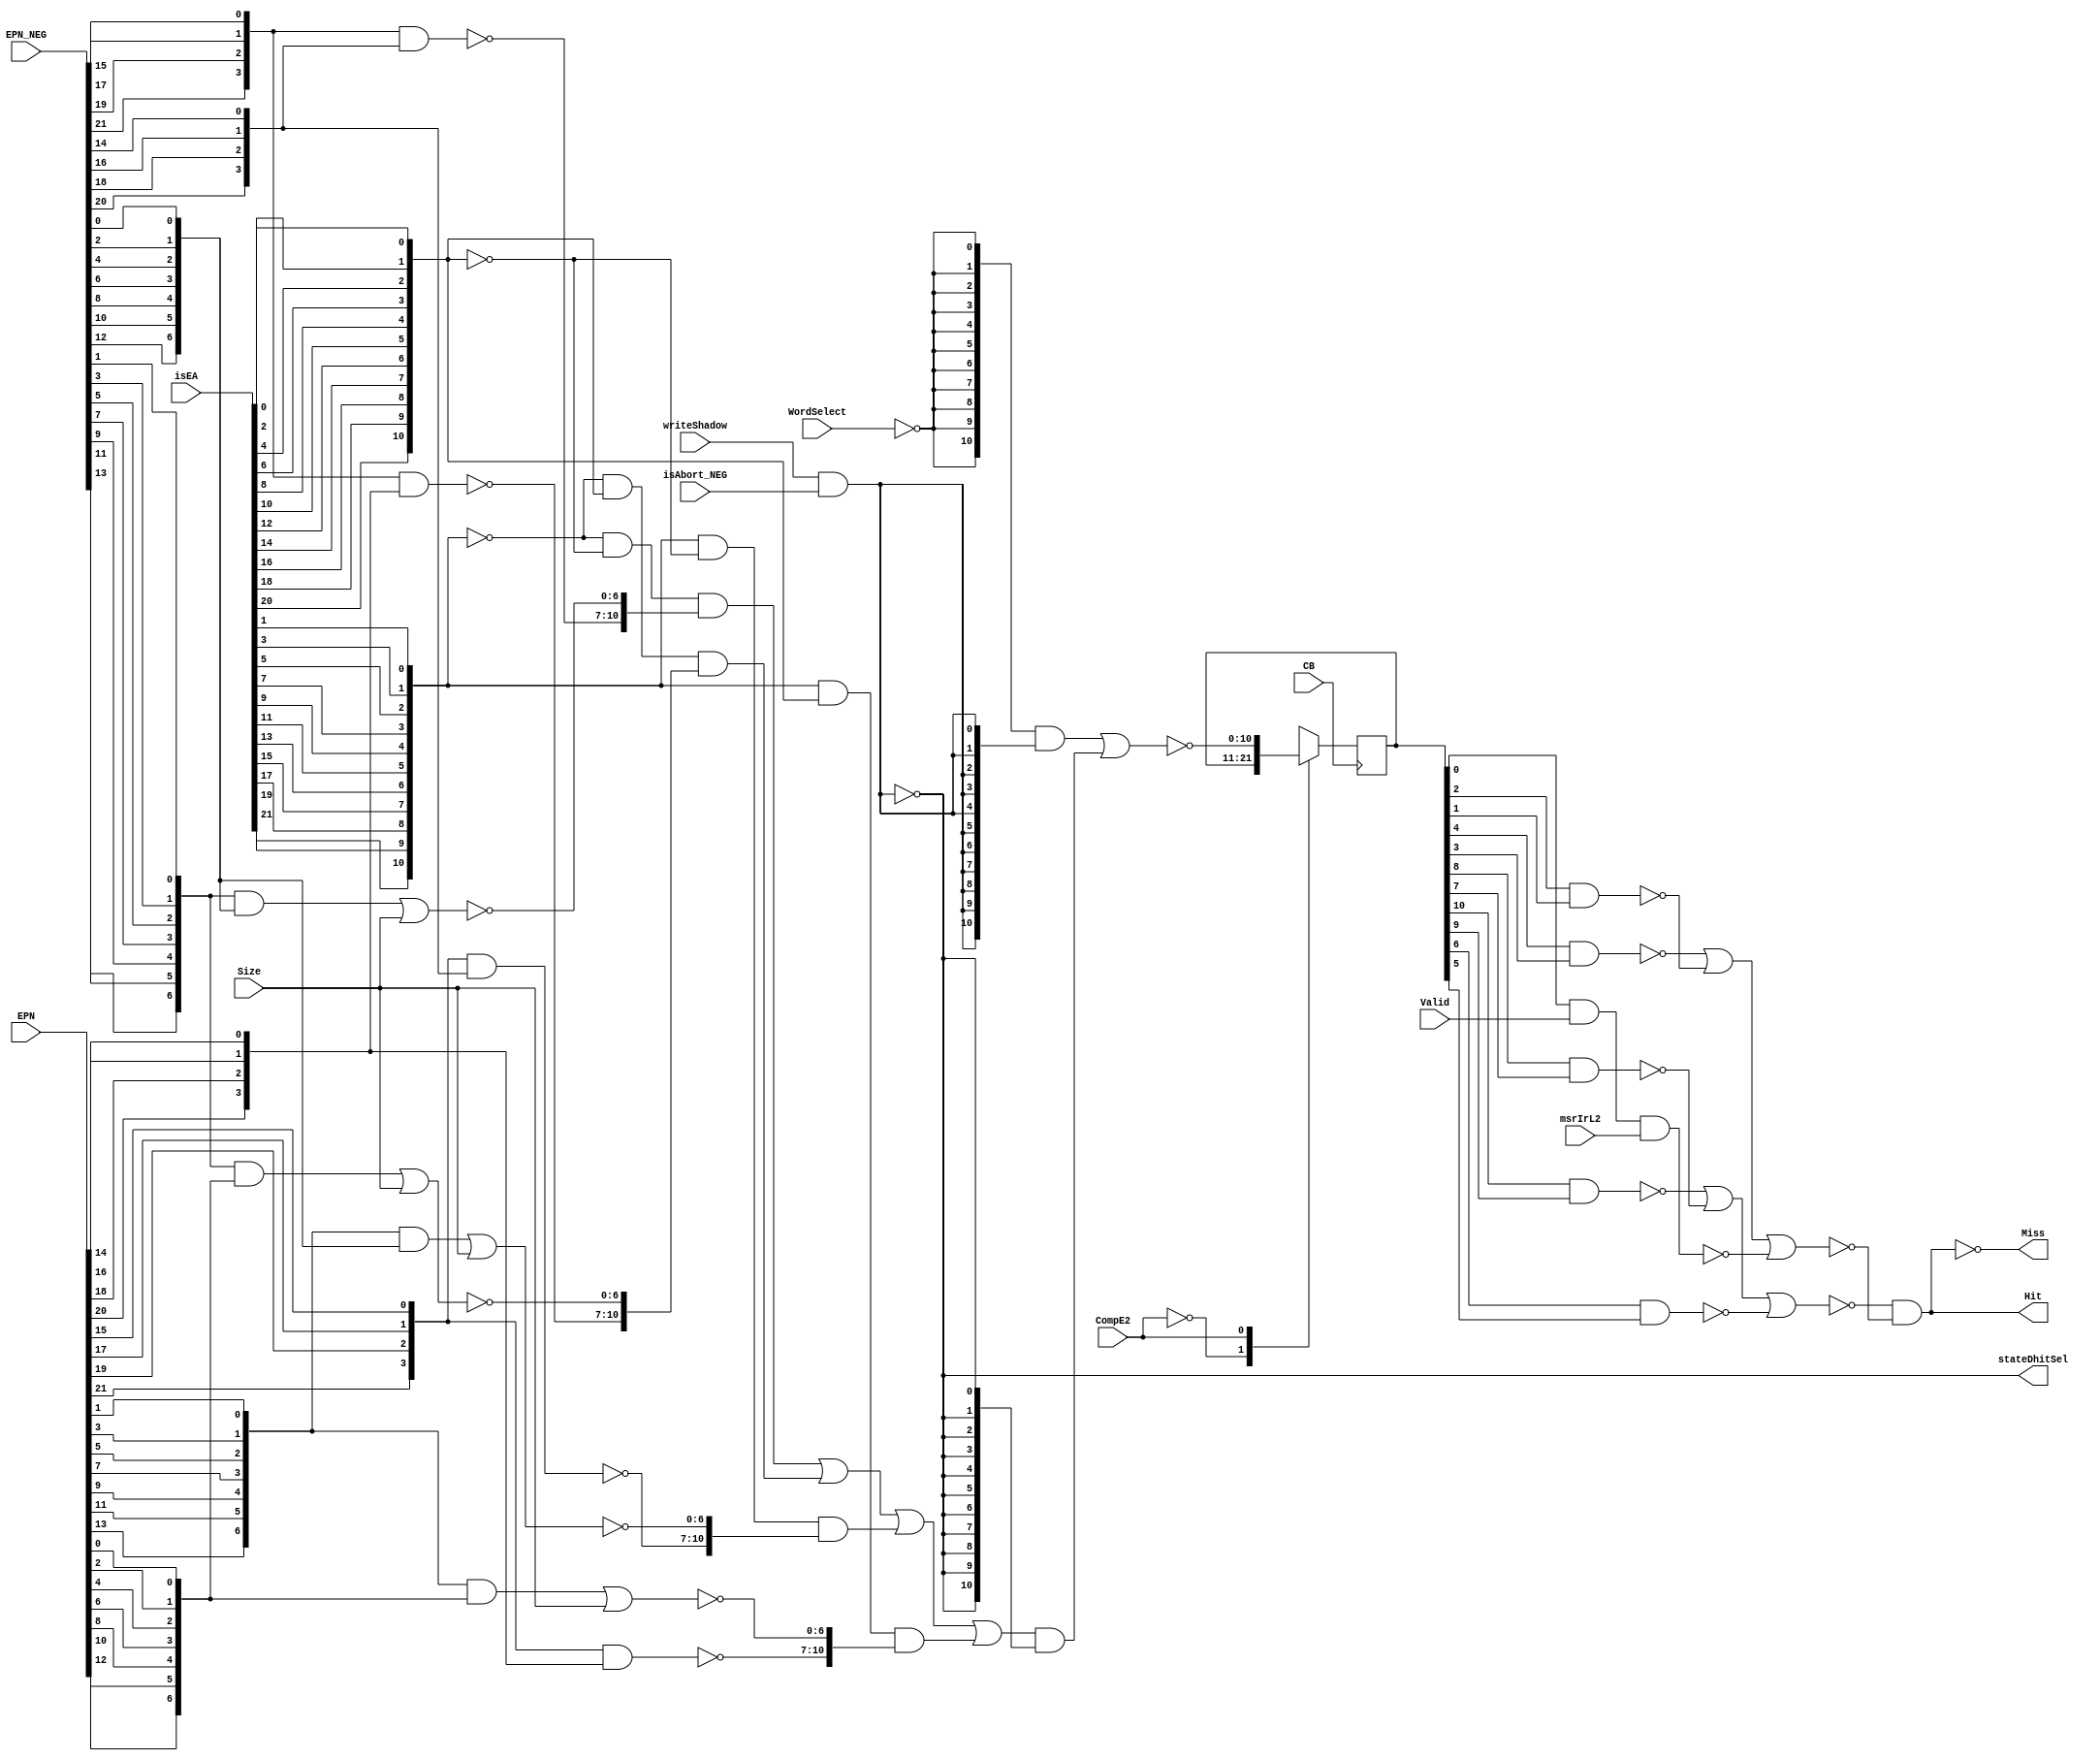
// Library - PR_mmu, Cell - isComp1_3, // View - schematic, Version - 0.13 

module p405s_itlb_isComp1_3( Hit,
                  Miss,
                  stateDhitSel,
                  CB,
                  CompE2,
                  EPN,
                  EPN_NEG,
                  Size,
                  Valid,
                  WordSelect,
                  isAbort_NEG,
                  isEA,
                  msrIrL2,
                  writeShadow
                  );

output  Hit;
output  Miss;
output  stateDhitSel;

input  CompE2;
input  Valid;
input  WordSelect;
input  isAbort_NEG;
input  msrIrL2;
input  writeShadow;

input [0:6]   Size;
input [0:21]  EPN;
input [0:21]  EPN_NEG;
input [0:21]  isEA;
input         CB;

// Buses in the design

wire  [0:10]  comp1_11_NEG;
wire  [0:10]  comp1_11;
reg   [0:10]  isComp0_11_DataIn;  
reg   [0:10]  isComp0_11_reg;  

wire  mux1D0;
wire  mux2D0;
wire  mux3D0;
wire  mux4D0;
wire  mux5D0;
wire  mux6D0;
wire  mux7D0;
wire  mux8D0;
wire  mux9D0;
wire  mux10D0;
wire  mux11D0;

wire  mux1D1;
wire  mux2D1;
wire  mux3D1;
wire  mux4D1;
wire  mux5D1;
wire  mux6D1;
wire  mux7D1;
wire  mux8D1;
wire  mux9D1;
wire  mux10D1;
wire  mux11D1;

wire  mux1D2;
wire  mux2D2;
wire  mux3D2;
wire  mux4D2;
wire  mux5D2;
wire  mux6D2;
wire  mux7D2;
wire  mux8D2;
wire  mux9D2;
wire  mux10D2;
wire  mux11D2;

wire  mux1D3;
wire  mux2D3;
wire  mux3D3;
wire  mux4D3;
wire  mux5D3;
wire  mux6D3;
wire  mux7D3;
wire  mux8D3;
wire  mux9D3;
wire  mux10D3;
wire  mux11D3;

wire  Miss_i;
wire  stateDhitSel_i;

  assign Miss = Miss_i;
  assign stateDhitSel = stateDhitSel_i;

   // Replacing instantiation: GTECH_NOT I37
   assign Hit = ~(Miss_i);

   // Replacing instantiation: GTECH_NOT I35
   wire WordSelect_NEG;
   assign WordSelect_NEG = ~(WordSelect);

  // Removed the module "dp_logMMU_StdeDhitsel"
  assign stateDhitSel_i = ~( writeShadow & isAbort_NEG );

  // Removed the module "dp_muxMMU_StateDhit"
  assign comp1_11[0:10] = ~(({11{WordSelect_NEG}} & {11{~(stateDhitSel_i)}}) |
                            (comp1_11_NEG[0:10] & {11{stateDhitSel_i}} ));

  // Removed the module "dp_muxMMU_isCompMux"
  assign comp1_11_NEG[0:10]  = ((~({isEA[0],isEA[2],isEA[4],isEA[6],isEA[8],isEA[10],isEA[12], 
                             isEA[14],isEA[16],isEA[18],isEA[20]}) & ~({isEA[1],isEA[3], 
                             isEA[5],isEA[7],isEA[9],isEA[11],isEA[13],isEA[15],isEA[17], 
                             isEA[19],isEA[21]}) & {mux1D0,mux2D0,mux3D0,mux4D0,mux5D0, 
                             mux6D0,mux7D0,mux8D0,mux9D0,mux10D0,mux11D0}) | (~({isEA[0], 
                             isEA[2],isEA[4],isEA[6],isEA[8],isEA[10],isEA[12],isEA[14], 
                             isEA[16],isEA[18],isEA[20]}) & ({isEA[1],isEA[3],isEA[5],isEA[7], 
                             isEA[9],isEA[11],isEA[13],isEA[15],isEA[17],isEA[19],isEA[21]}) &
                             {mux1D1,mux2D1,mux3D1,mux4D1,mux5D1,mux6D1,mux7D1,mux8D1,
                             mux9D1,mux10D1,mux11D1}) | ({isEA[0],isEA[2],isEA[4],isEA[6],
                             isEA[8],isEA[10],isEA[12],isEA[14],isEA[16],isEA[18],isEA[20]} &
                             ~({isEA[1],isEA[3],isEA[5],isEA[7],isEA[9],isEA[11],isEA[13],
                             isEA[15],isEA[17],isEA[19],isEA[21]}) & {mux1D2,mux2D2,mux3D2,
                             mux4D2,mux5D2,mux6D2,mux7D2,mux8D2,mux9D2,mux10D2,mux11D2}) |
                             ({isEA[0],isEA[2],isEA[4],isEA[6],isEA[8],isEA[10],isEA[12],
                             isEA[14],isEA[16],isEA[18],isEA[20]} & {isEA[1],isEA[3],isEA[5],
                             isEA[7], isEA[9], isEA[11], isEA[13], isEA[15], isEA[17],isEA[19],
                             isEA[21]} & {mux1D3,mux2D3,mux3D3,mux4D3,mux5D3,mux6D3,mux7D3,
                             mux8D3,mux9D3,mux10D3,mux11D3}));

   // Replacing instantiation: GTECH_NAND3 I30
   wire validComp_NEG;
   wire comp11L2;
   assign validComp_NEG = ~( comp11L2 & Valid & msrIrL2 );

   // Replacing instantiation: GTECH_NOR3 I23
   wire comp1_2;
   wire comp5_6_NEG;
   wire comp1_6;
   wire comp3_4_NEG;
   assign comp1_6 = ~( comp1_2 | comp3_4_NEG | comp5_6_NEG );

   // Replacing instantiation: GTECH_NOR3 I24
   wire comp7_8_NEG;
   wire comp7_11;
   wire comp9_10_NEG;
   assign comp7_11 = ~( comp7_8_NEG | comp9_10_NEG | validComp_NEG );

   // Replacing instantiation: GTECH_NAND2 I20
   wire comp9L2;
   wire comp10L2;
   assign comp9_10_NEG = ~( comp9L2 & comp10L2 );

   // Replacing instantiation: GTECH_NAND2 I19
   wire comp7L2;
   wire comp8L2;
   assign comp7_8_NEG = ~( comp7L2 & comp8L2 );

   // Replacing instantiation: GTECH_NAND2 I17
   wire comp3L2;
   wire comp4L2;
   assign comp3_4_NEG = ~( comp3L2 & comp4L2 );

   // Replacing instantiation: GTECH_NAND2 I21
   assign Miss_i = ~( comp1_6 & comp7_11 );

   // Replacing instantiation: GTECH_NAND2 I16
   wire comp1L2;
   wire comp2L2;
   assign comp1_2 = ~( comp1L2 & comp2L2 );

   // Replacing instantiation: GTECH_NAND2 I18
   wire comp5L2;
   wire comp6L2;
   assign comp5_6_NEG = ~( comp5L2 & comp6L2 );

  // Removed the module "dp_logMMU_isCompNand" 4 instances
  assign {mux1D0,mux2D0,mux3D0,mux4D0} = ~( {EPN_NEG[0],EPN_NEG[2],EPN_NEG[4],EPN_NEG[6]} &
                                               {EPN_NEG[1],EPN_NEG[3],EPN_NEG[5],EPN_NEG[7]} );
  assign {mux1D1,mux2D1,mux3D1,mux4D1} = ~( {EPN_NEG[0],EPN_NEG[2],EPN_NEG[4],EPN_NEG[6]} &
                                               {EPN[1],EPN[3],EPN[5],EPN[7]} );
  assign {mux1D3,mux2D3,mux3D3,mux4D3} = ~( {EPN[0],EPN[2],EPN[4],EPN[6]} & {EPN[1],EPN[3],
                                                EPN[5],EPN[7]} );
  assign {mux1D2,mux2D2,mux3D2,mux4D2} = ~( {EPN[0],EPN[2],EPN[4],EPN[6]} & {EPN_NEG[1],
                                                EPN_NEG[3],EPN_NEG[5],EPN_NEG[7]} );

  // Removed the module "dp_regMMU_isComp0_11"
  always @(comp1L2 or comp2L2 or comp3L2 or comp4L2 or comp5L2 or comp6L2 or comp7L2 or 
           comp8L2 or comp9L2 or comp10L2 or comp11L2 or comp1_11 or CompE2)    
    begin        
      casez(CompE2)        
        1'b0: isComp0_11_DataIn = {comp1L2,comp2L2,comp3L2,comp4L2,comp5L2,comp6L2,
                               comp7L2,comp8L2,comp9L2,comp10L2,comp11L2};   
        1'b1: isComp0_11_DataIn = comp1_11[0:10];   
        default: isComp0_11_DataIn = 11'bx;  
      endcase        
    end        

  always @(posedge CB)      
    begin        
      isComp0_11_reg <= isComp0_11_DataIn;     
    end        

  assign {comp1L2,comp2L2,comp3L2,comp4L2,comp5L2,comp6L2,comp7L2,comp8L2,comp9L2,
                             comp10L2,comp11L2} = isComp0_11_reg;

  // Removed the module "dp_logMMU_isCompgetMuxData" 4 instances
  assign {mux5D3,mux6D3,mux7D3,mux8D3,mux9D3,mux10D3,mux11D3} = ~( ({EPN[8], EPN[10],
                         EPN[12],EPN[14],EPN[16],EPN[18],EPN[20]} & {EPN[9], EPN[11], EPN[13],
                         EPN[15],EPN[17],EPN[19],EPN[21]}) | Size[0:6] );

  assign {mux5D2,mux6D2,mux7D2,mux8D2,mux9D2,mux10D2,mux11D2} = ~( ({EPN[8],EPN[10],
                         EPN[12],EPN[14],EPN[16],EPN[18],EPN[20]} & {EPN_NEG[9],EPN_NEG[11],
                         EPN_NEG[13],EPN_NEG[15],EPN_NEG[17],EPN_NEG[19],EPN_NEG[21]}) |
                         Size[0:6] );

  assign {mux5D1,mux6D1,mux7D1,mux8D1,mux9D1,mux10D1,mux11D1} = ~( ({EPN_NEG[8],EPN_NEG[10],
                         EPN_NEG[12],EPN_NEG[14],EPN_NEG[16],EPN_NEG[18],EPN_NEG[20]} & {EPN[9],
                         EPN[11],EPN[13],EPN[15],EPN[17],EPN[19],EPN[21]}) | Size[0:6] );

  assign {mux5D0,mux6D0,mux7D0,mux8D0,mux9D0,mux10D0,mux11D0} = ~( ({EPN_NEG[8],EPN_NEG[10],
                         EPN_NEG[12],EPN_NEG[14],EPN_NEG[16],EPN_NEG[18],EPN_NEG[20]} &
                         {EPN_NEG[9],EPN_NEG[11],EPN_NEG[13],EPN_NEG[15],EPN_NEG[17],EPN_NEG[19],
                         EPN_NEG[21]}) | Size[0:6] );

endmodule